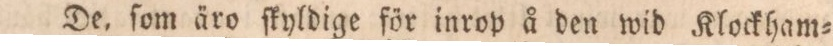
De, ſom äro ſkyldige för inrop å den wid Klockham=